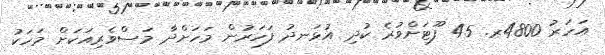
އަހަރު 4800ރ. 45 ފޫޓަށްވުރެ ކުދި އުޅަނދު ފަހަރުން މަހަށްދާ މަސްވެރިއަކަށް މަހަކު